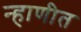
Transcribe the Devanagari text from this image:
न्हाणीत